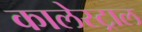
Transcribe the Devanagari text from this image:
कालेस्ट्राल